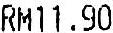
RM11.90